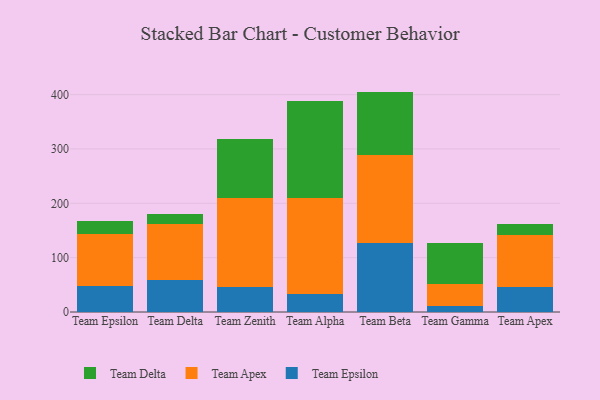
{"axis": {"x": "Team", "y": "Inventory Turnover"}, "legend": ["Team Apex", "Team Delta", "Team Epsilon"], "data": [{"x": "Team Epsilon", "y": 47.1, "type": "Team Epsilon"}, {"x": "Team Epsilon", "y": 95.6, "type": "Team Apex"}, {"x": "Team Epsilon", "y": 24.1, "type": "Team Delta"}, {"x": "Team Delta", "y": 58.2, "type": "Team Epsilon"}, {"x": "Team Delta", "y": 103.9, "type": "Team Apex"}, {"x": "Team Delta", "y": 18.7, "type": "Team Delta"}, {"x": "Team Zenith", "y": 45.2, "type": "Team Epsilon"}, {"x": "Team Zenith", "y": 165.4, "type": "Team Apex"}, {"x": "Team Zenith", "y": 107.9, "type": "Team Delta"}, {"x": "Team Alpha", "y": 33.3, "type": "Team Epsilon"}, {"x": "Team Alpha", "y": 177.3, "type": "Team Apex"}, {"x": "Team Alpha", "y": 177.4, "type": "Team Delta"}, {"x": "Team Beta", "y": 126.2, "type": "Team Epsilon"}, {"x": "Team Beta", "y": 162.4, "type": "Team Apex"}, {"x": "Team Beta", "y": 117.0, "type": "Team Delta"}, {"x": "Team Gamma", "y": 11.2, "type": "Team Epsilon"}, {"x": "Team Gamma", "y": 40.9, "type": "Team Apex"}, {"x": "Team Gamma", "y": 74.7, "type": "Team Delta"}, {"x": "Team Apex", "y": 45.9, "type": "Team Epsilon"}, {"x": "Team Apex", "y": 95.6, "type": "Team Apex"}, {"x": "Team Apex", "y": 21.3, "type": "Team Delta"}]}